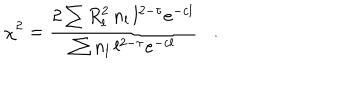
\chi ^ { 2 } = \frac { 2 \sum R _ { l } ^ { 2 } \, n _ { l } \, l ^ { 2 - \tau } e ^ { - c l } } { \sum n _ { l } \, l ^ { 2 - \tau } e ^ { - c l } } \, \, \, \, \, . \, \, \, \, \,